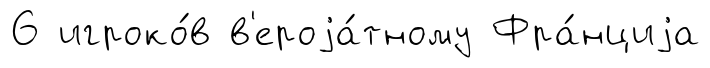
6 игроко́в в'ероjа́тному Фра́нциjа